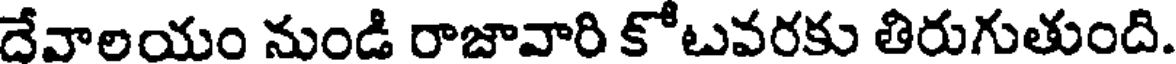
దేవాలయం నుండి రాజావారి కోటవరకు తిరుగుతుంది.